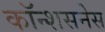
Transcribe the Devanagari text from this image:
कॉन्शसनेस